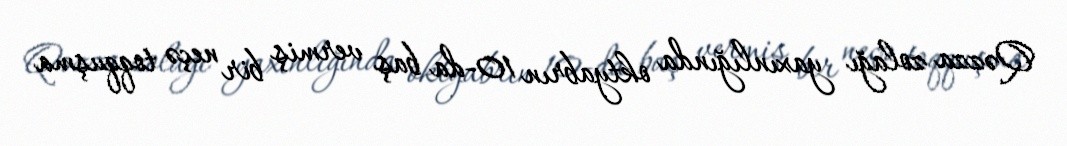
Qəzza zolağı yaxınlığında oktyabrın 10-da baş vermiş bir neçə toqquşma